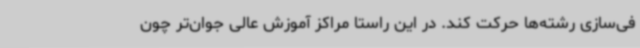
فی‌سازی رشته‌ها حرکت کند. در این راستا مراکز آموزش عالی جوان‌تر چون